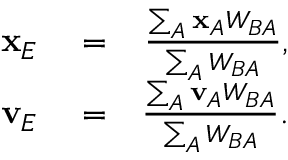
\begin{array} { r l r } { \mathbf { x } _ { E } } & { { } = } & { \frac { \sum _ { A } \mathbf { x } _ { A } W _ { B A } } { \sum _ { A } W _ { B A } } , } \\ { \mathbf { v } _ { E } } & { { } = } & { \frac { \sum _ { A } \mathbf { v } _ { A } W _ { B A } } { \sum _ { A } W _ { B A } } . } \end{array}